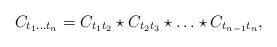
LaTeX: \begin{align*}C_{t_1\ldots{t_n}} = C_{t_1 t_2}\star C_{t_2 t_3}\star\ldots\star C_{t_{n-1}t_n},\end{align*}